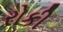
રોકી